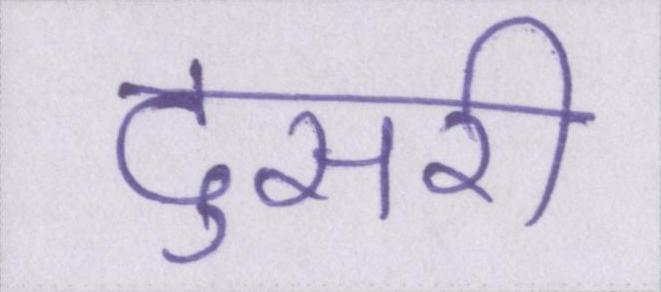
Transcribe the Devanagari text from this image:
दुसरी